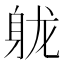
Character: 𬧢